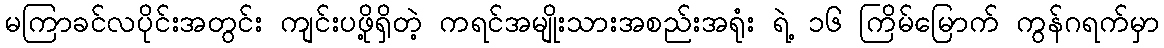
မကြာခင်လပိုင်းအတွင်း ကျင်းပဖို့ရှိတဲ့ ကရင်အမျိုးသားအစည်းအရုံး ရဲ့ ၁၆ ကြိမ်မြောက် ကွန်ဂရက်မှာ